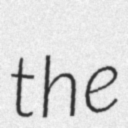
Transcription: the